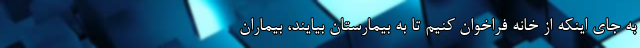
به جای اینکه از خانه فراخوان کنیم تا به بیمارستان بیایند، بیماران